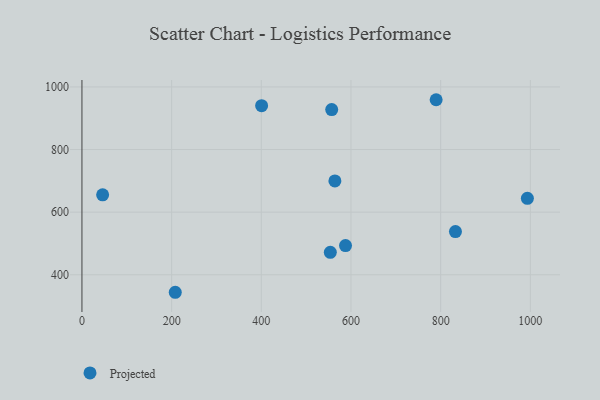
{"axis": {"x": "Experience", "y": "Salary"}, "legend": ["Projected"], "data": [{"x": "208.1", "y": 344.1, "type": "Projected"}, {"x": "557.0", "y": 927.8, "type": "Projected"}, {"x": "46.1", "y": 655.3, "type": "Projected"}, {"x": "587.8", "y": 493.3, "type": "Projected"}, {"x": "553.9", "y": 471.6, "type": "Projected"}, {"x": "564.1", "y": 699.7, "type": "Projected"}, {"x": "789.9", "y": 959.2, "type": "Projected"}, {"x": "993.4", "y": 644.3, "type": "Projected"}, {"x": "833.0", "y": 537.9, "type": "Projected"}, {"x": "400.7", "y": 940.2, "type": "Projected"}]}